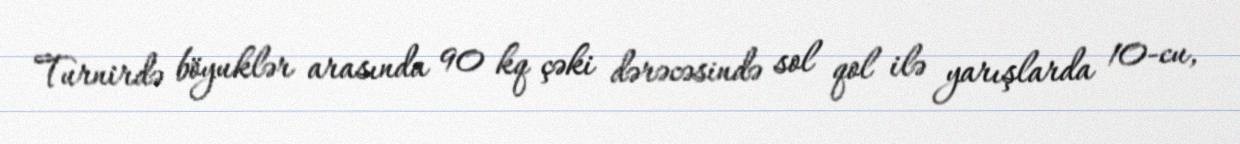
Turnirdə böyuklər arasında 90 kq çəki dərəcəsində sol qol ilə yarışlarda 10-cu,